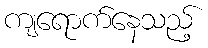
ကျရောက်နေသည့်